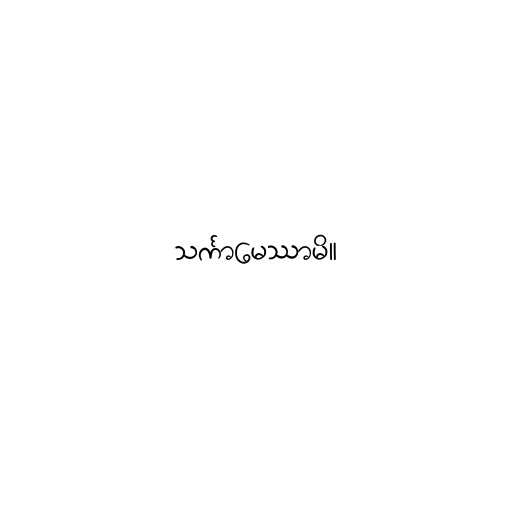
သင်္ကာမေဿာမိ။